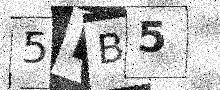
Text: 5BB5